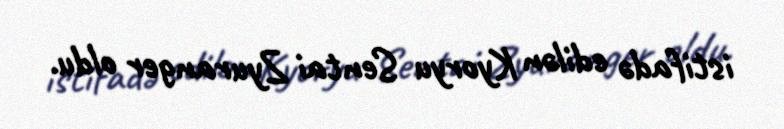
istifadə edilən Kyoryu Sentai Zyuranger oldu.